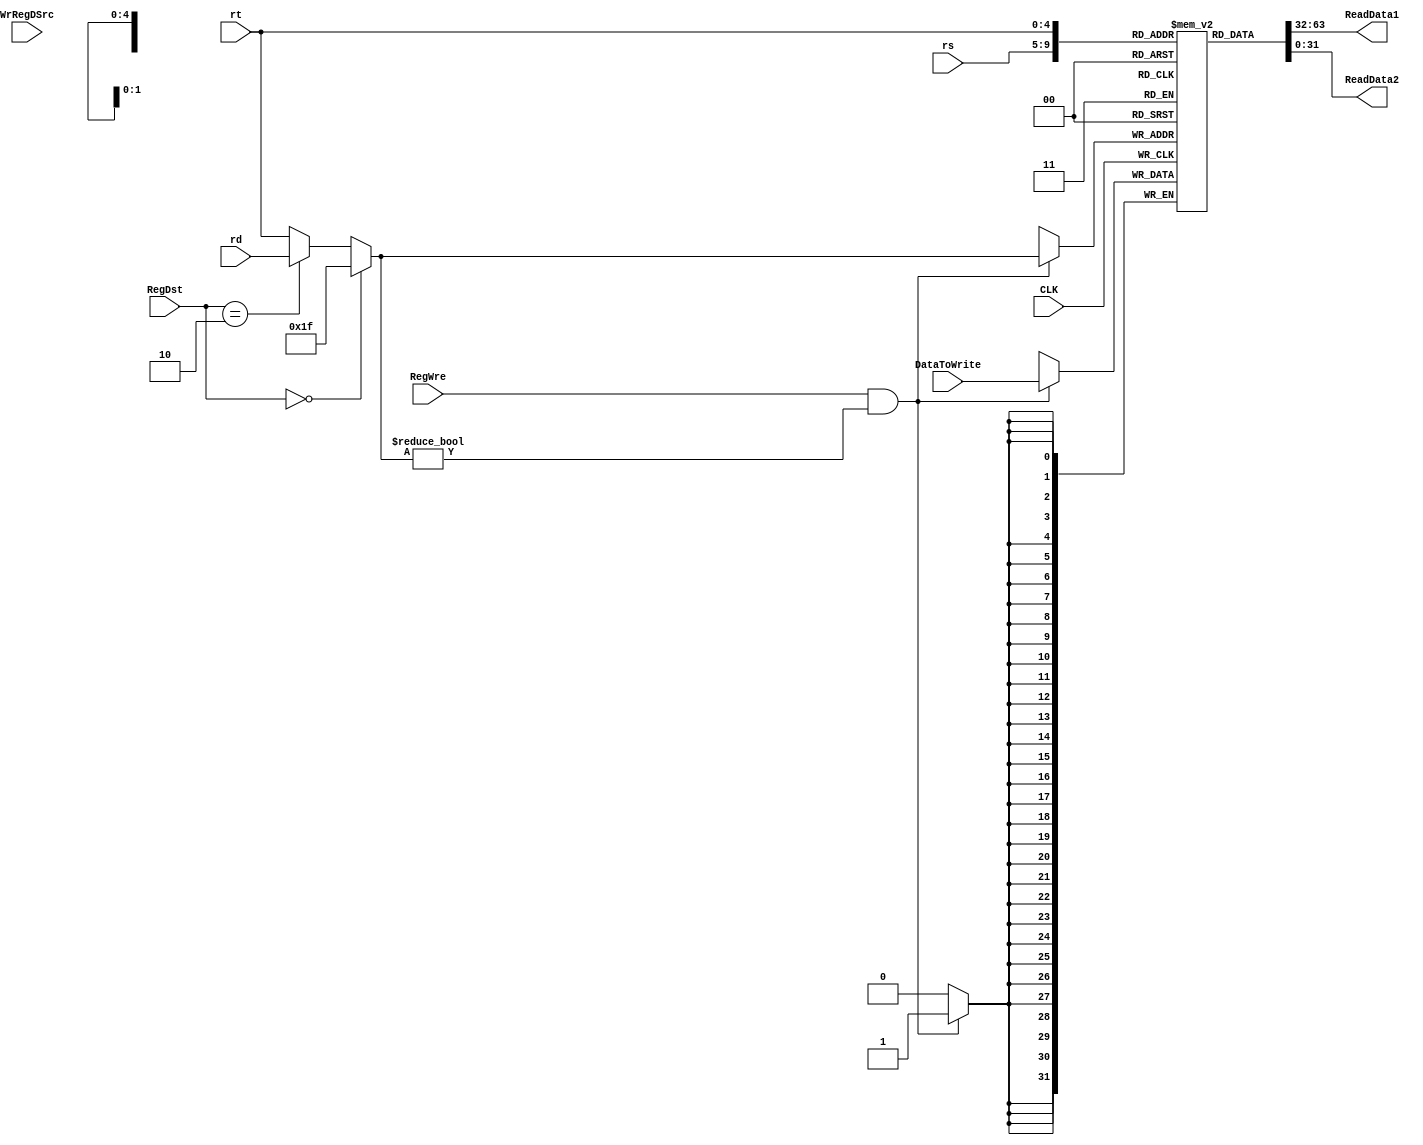
`timescale 1ns / 1ps

module RegFile(
    input CLK,
	input [1:0]RegDst,
	input RegWre,
	input WrRegDSrc,
	input [4:0] rs,
	input [4:0] rt,
	input [4:0] rd,
	input [31:0] DataToWrite,//
    output [31:0] ReadData1,//rs
    output [31:0] ReadData2//rt
    );
	
    reg [31:0] regFile[0:31];
    integer i;
	initial for (i=0;i<=31;i=i+1) regFile[i]<=0;
    
	wire [4:0] RegToWrite;//
	assign RegToWrite=(RegDst==2'b00)?5'b11111:((RegDst==2'b10)?rd:rt);//
	
    assign ReadData1=regFile[rs];
    assign ReadData2=regFile[rt];//read reg
    
    always@(negedge CLK) begin//write reg
         if (RegWre==1 && RegToWrite!=0)
            regFile[RegToWrite]<=DataToWrite;
    end
endmodule